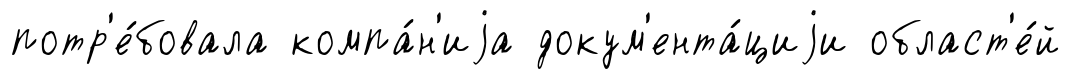
потр'е́бовала компа́н'иjа докум'ента́циjи област'е́й